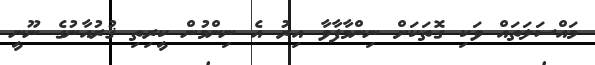
މައްސަލަތައް ވަކި ގޮތަކަށް ނިންމާފާވާ އިރު އެ ނިންމުން ކީރިތި ޤުރުއާނުގެ ނޫނީ